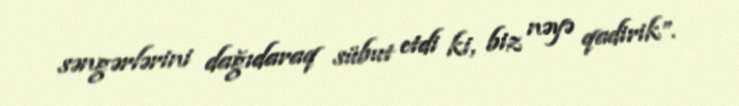
səngərlərini dağıdaraq sübut etdi ki, biz nəyə qadirik”.